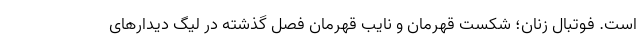
است. فوتبال زنان؛ شکست قهرمان و نایب قهرمان فصل گذشته در لیگ دیدار‌های